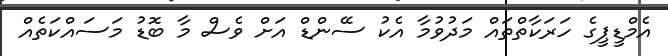
އެމްޑީޕީގެ ހަރަކާތްތައް މަދުވުމާ އެކު ސޭންޑް އަށް ވެސް މާ ބޮޑު މަސައްކަތެއް